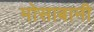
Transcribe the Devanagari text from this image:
मोसाबानी